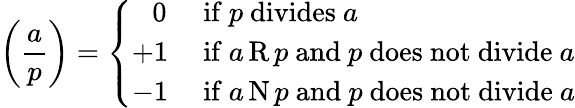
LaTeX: \left({\frac{a}{p}}\right)={\left\{ \begin{array}{ll}{\; \; \, 0}&{{\mathrm{~if~}}p{\mathrm{~divides~}}a}\\ {+1}&{{\mathrm{~if~}}a\operatorname{R}p{\mathrm{~and~}}p{\mathrm{~does~not~divide~}}a}\\ {-1}&{{\mathrm{~if~}}a\operatorname{N}p{\mathrm{~and~}}p{\mathrm{~does~not~divide~}}a}\end{array}\right.}